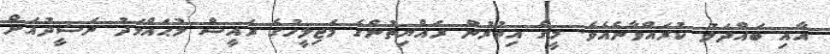
އާއި ބައްދަލު ކުރައްވާނެއެވެ. މީގެ އިތުރުން ރައްޔިތުންގެ މަޖިލީހުގެ ރައީސް މުޙައްމަދު ނަޝީދުއަށް